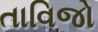
તાવિજો